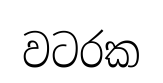
වටරක